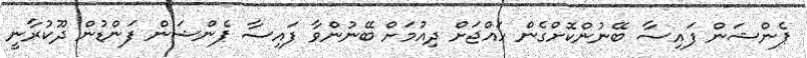
ޕެންޝަން ފައިސާ ބޭނުންކޮށްގެން ހައްޖަށް ދިއުމަށް ބޭނުންވާ ފައިސާ ޕެންޝަން ފަންޑުން ދޫކުރާނީ